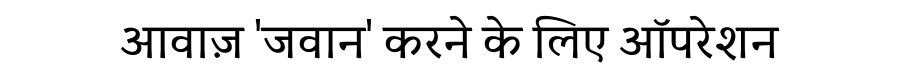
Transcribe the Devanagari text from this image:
आवाज़ 'जवान' करने के लिए ऑपरेशन